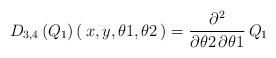
LaTeX: \begin{align*}{{D}_{3, 4}} \left( \! \,{{Q}_{1}}\, \! \right) (\,{x}, {y}, {\theta 1}, { \theta 2}\,)= {\frac {{ \partial}^{2}}{{ \partial}{ \theta 2}\,{ \partial}{\theta 1}}}\,{{Q}_{1}}\end{align*}